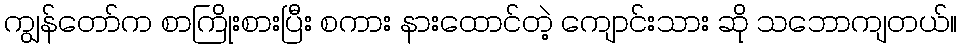
ကျွန်တော်က စာကြိုးစားပြီး စကား နားထောင်တဲ့ ကျောင်းသား ဆို သဘောကျတယ်။